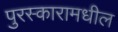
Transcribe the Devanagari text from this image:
पुरस्कारामधील